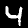
Digit: 4